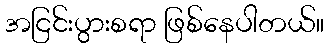
အငြင်းပွားစရာ ဖြစ်နေပါတယ်။